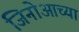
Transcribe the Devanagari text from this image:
जिनोआच्या